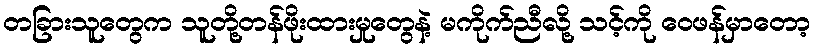
တခြားသူတွေက သူတို့တန်ဖိုးထားမှုတွေနဲ့ မကိုက်ညီလို့ သင့်ကို ဝေဖန်မှာတော့